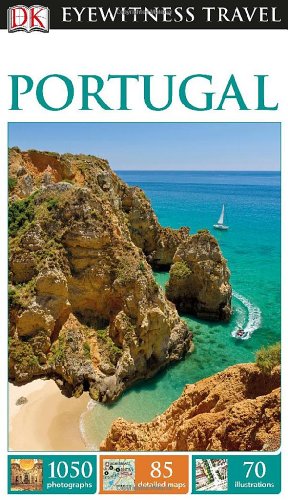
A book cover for DK Eyewitness Travel Guide: Portugal; Inc. Dorling Kindersley; Travel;